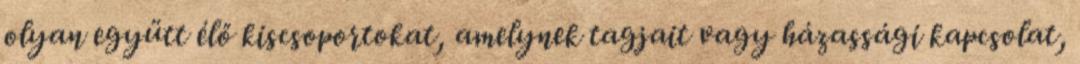
olyan együtt élő kiscsoportokat, amelynek tagjait vagy házassági kapcsolat,